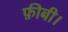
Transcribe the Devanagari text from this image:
फ़ीबी।